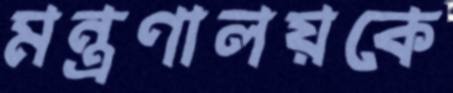
মন্ত্রণালয়কে